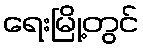
ရေးမြို့တွင်